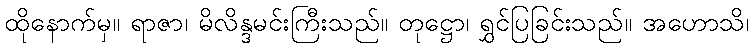
ထိုနောက်မှ။ ရာဇာ၊ မိလိန္ဒမင်းကြီးသည်။ တုဋ္ဌော၊ ရွှင်ပြခြင်းသည်။ အဟောသိ၊